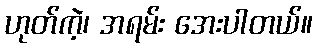
ဟုတ်ကဲ့၊ အရမ်း အေးပါတယ်။